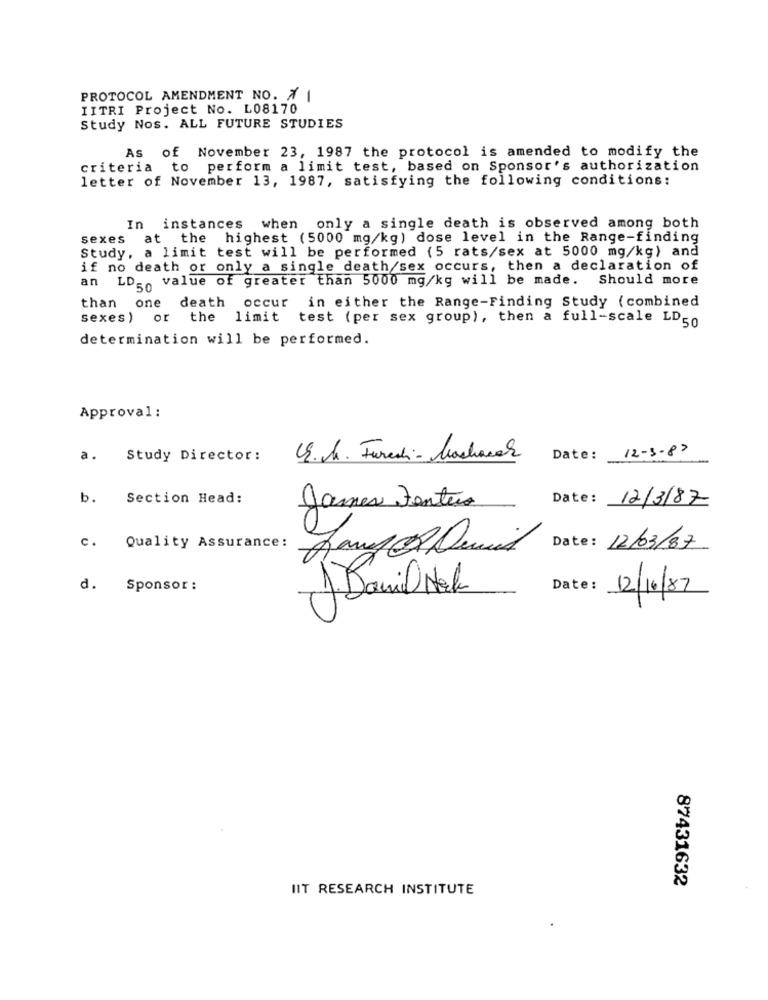
PROTOCOL AMENDMENT NO. A |
IITRI Project No. L08170
Study Nos. ALL FUTURE STUDIES
As of November 23, 1987 the protocol is amended to modify the
criteria to perform a limit test, based on Sponsor's authorization
letter of November 13, 1987, satisfying the following conditions:
In instances when only a single death is observed among both
sexes at the highest (5000 mg/kg) dose level in the Range-finding
Study, a limit test will be performed (5 rats/sex at 5000 mg/kg) and
if no death or only a single death/sex occurs, then a declaration of
an LD_ value of greater than 5000 mg/kg will be made. Should more
than
one death occur
in either the Range-Finding Study (combined
sexes ) or the
limit test (per sex group), then a full-scale LD50
determination will be performed.
Approval :
a.
Study Director:
E.M. Furedi- bachacer
Date: 12-3-87
b.
Section Head:
Date : 12/3/87
James Jentes
c.
Quality Assurance:
Date : 12/03/87
d.
Sponsor :
1) Daniel Nek
Date:
12/16/87
87431632
IIT RESEARCH INSTITUTE